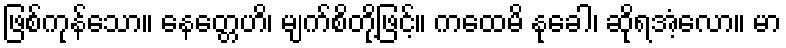
ဖြစ်ကုန်သော။ နေတ္တေဟိ၊ မျက်စိတို့ဖြင့်။ ကထေမိ နုခေါ၊ ဆိုရအံ့လော။ မာ